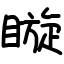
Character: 䁢